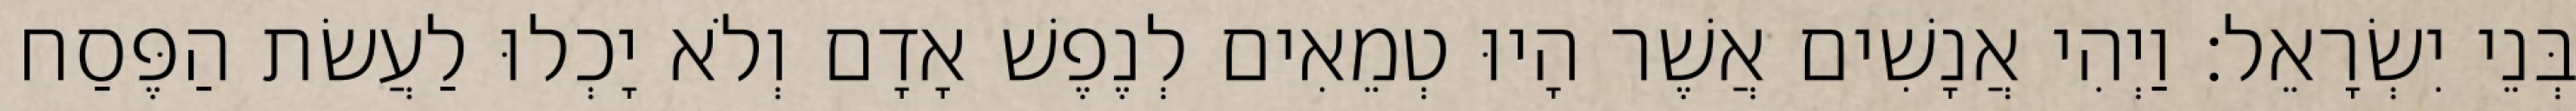
בְּנֵי יִשְׂרָאֵל׃ וַיְהִי אֲנָשִׁים אֲשֶׁר הָיוּ טְמֵאִים לְנֶפֶשׁ אָדָם וְלֹא יָכְלוּ לַעֲשׂת הַפֶּסַח